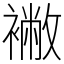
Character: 襒